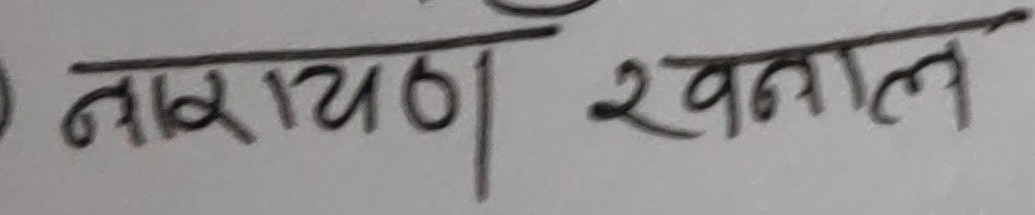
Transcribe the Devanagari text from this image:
नारायण खनाल